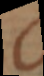
c